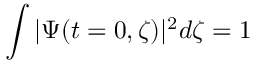
\int | \Psi ( t = 0 , \zeta ) | ^ { 2 } d \zeta = 1